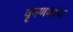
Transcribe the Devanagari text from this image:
वृषणशोथ